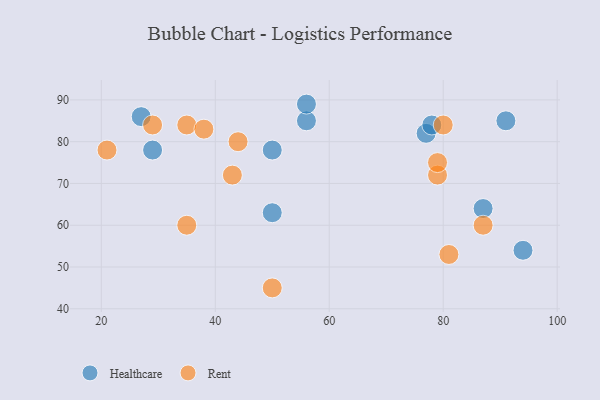
{"axis": {"x": "GDP", "y": "Life Expectancy"}, "legend": ["Healthcare", "Rent"], "data": [{"x": "91", "y": 85, "type": "Healthcare"}, {"x": "50", "y": 78, "type": "Healthcare"}, {"x": "77", "y": 82, "type": "Healthcare"}, {"x": "27", "y": 86, "type": "Healthcare"}, {"x": "78", "y": 84, "type": "Healthcare"}, {"x": "56", "y": 85, "type": "Healthcare"}, {"x": "56", "y": 89, "type": "Healthcare"}, {"x": "87", "y": 64, "type": "Healthcare"}, {"x": "94", "y": 54, "type": "Healthcare"}, {"x": "50", "y": 63, "type": "Healthcare"}, {"x": "29", "y": 78, "type": "Healthcare"}, {"x": "81", "y": 53, "type": "Rent"}, {"x": "35", "y": 60, "type": "Rent"}, {"x": "43", "y": 72, "type": "Rent"}, {"x": "87", "y": 60, "type": "Rent"}, {"x": "21", "y": 78, "type": "Rent"}, {"x": "29", "y": 84, "type": "Rent"}, {"x": "79", "y": 72, "type": "Rent"}, {"x": "35", "y": 84, "type": "Rent"}, {"x": "44", "y": 80, "type": "Rent"}, {"x": "50", "y": 45, "type": "Rent"}, {"x": "80", "y": 84, "type": "Rent"}, {"x": "38", "y": 83, "type": "Rent"}, {"x": "79", "y": 75, "type": "Rent"}]}